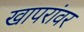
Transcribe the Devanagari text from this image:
खापरांवर